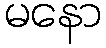
မနော